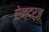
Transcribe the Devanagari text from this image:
ऐन्दर्ज़